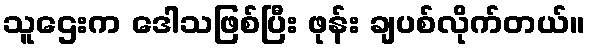
သူဌေးက ဒေါသဖြစ်ပြီး ဖုန်း ချပစ်လိုက်တယ်။